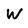
Character: W